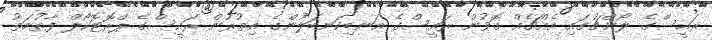
ރައީސްގެ ލޯންޗުގައި އެއްޗެއް ގޮވުން ރައީސްގެ އަނބިކަނބަލުންގެ އިތުރުން ރައީސްގެ ޕްރޮޓޮކޯލް ފާތުމަތު